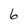
Character: 6